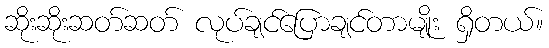
ဆိုးဆိုးဆတ်ဆတ် လုပ်ချင်ပြောချင်တာမျိုး ရှိတယ်။